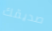
صديقك